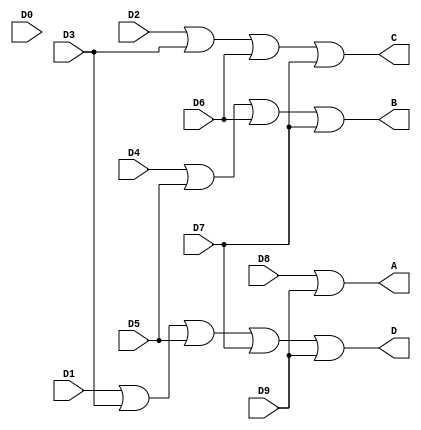
`timescale 1ns / 1ps

module Decimal_to_BCD_Encoder(
    input D0,
    input D1,
    input D2,
    input D3,
    input D4,
    input D5,
    input D6,
    input D7,
    input D8,
    input D9,
    output A,
    output B,
    output C,
    output D
    );

or (A,D8,D9);
or (B,D4,D5,D6,D7);
or (C,D2,D3,D6,D7);
or (D,D1,D3,D5,D7,D9);
endmodule